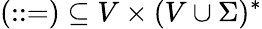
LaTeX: (::=)\subseteq V\times(V\cup\Sigma)^{*}